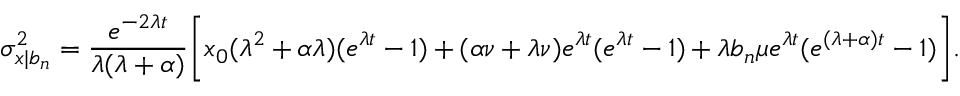
\sigma _ { x | b _ { n } } ^ { 2 } = \frac { e ^ { - 2 \lambda t } } { \lambda ( \lambda + \alpha ) } \Bigg [ x _ { 0 } ( \lambda ^ { 2 } + \alpha \lambda ) ( e ^ { \lambda t } - 1 ) + ( \alpha \nu + \lambda \nu ) e ^ { \lambda t } ( e ^ { \lambda t } - 1 ) + \lambda b _ { n } \mu e ^ { \lambda t } ( e ^ { ( \lambda + \alpha ) t } - 1 ) \Bigg ] .